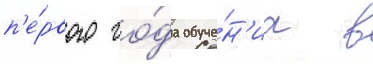
п'е́рвого го́да обуче́н'иа в